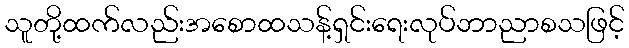
သူတို့ထက်လည်းအစောထသန့်ရှင်းရေးလုပ်ဘာညာစသဖြင့်